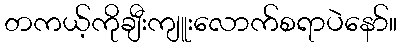
တကယ့်ကိုချီးကျူးလောက်စရာပဲနော်။